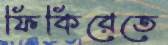
ফিকিরেতে